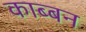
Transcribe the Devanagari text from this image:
काब्बन